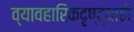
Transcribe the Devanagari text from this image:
व्यावहारिकदृष्ट्याही